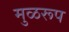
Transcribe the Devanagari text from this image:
मुळरूप